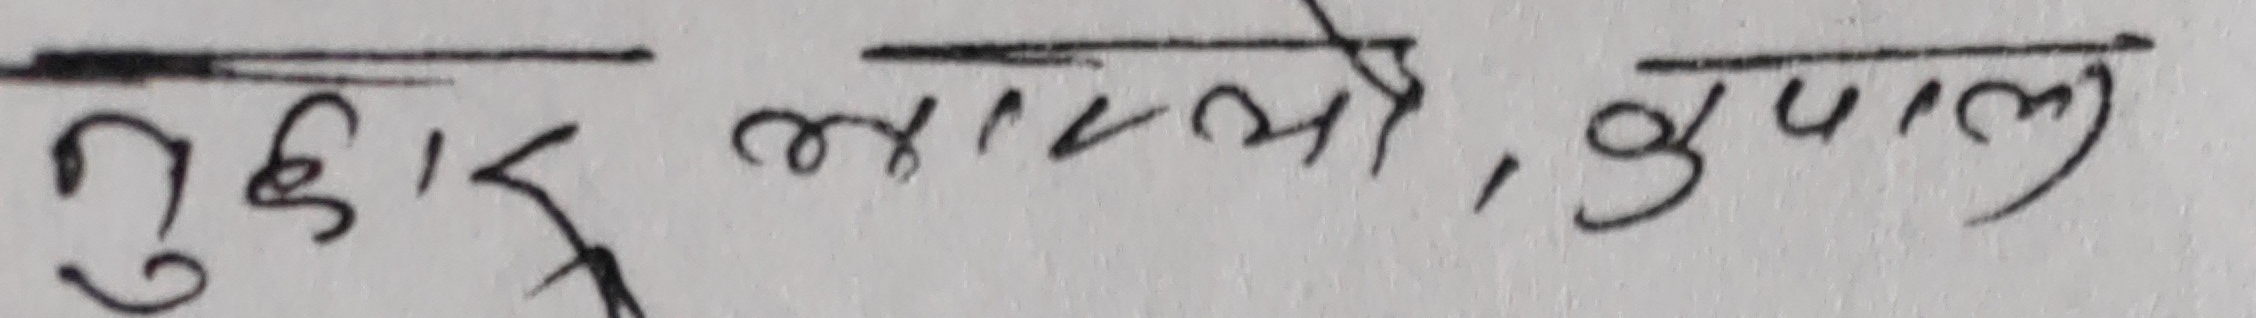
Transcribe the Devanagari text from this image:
नुहार लायो, कपाल